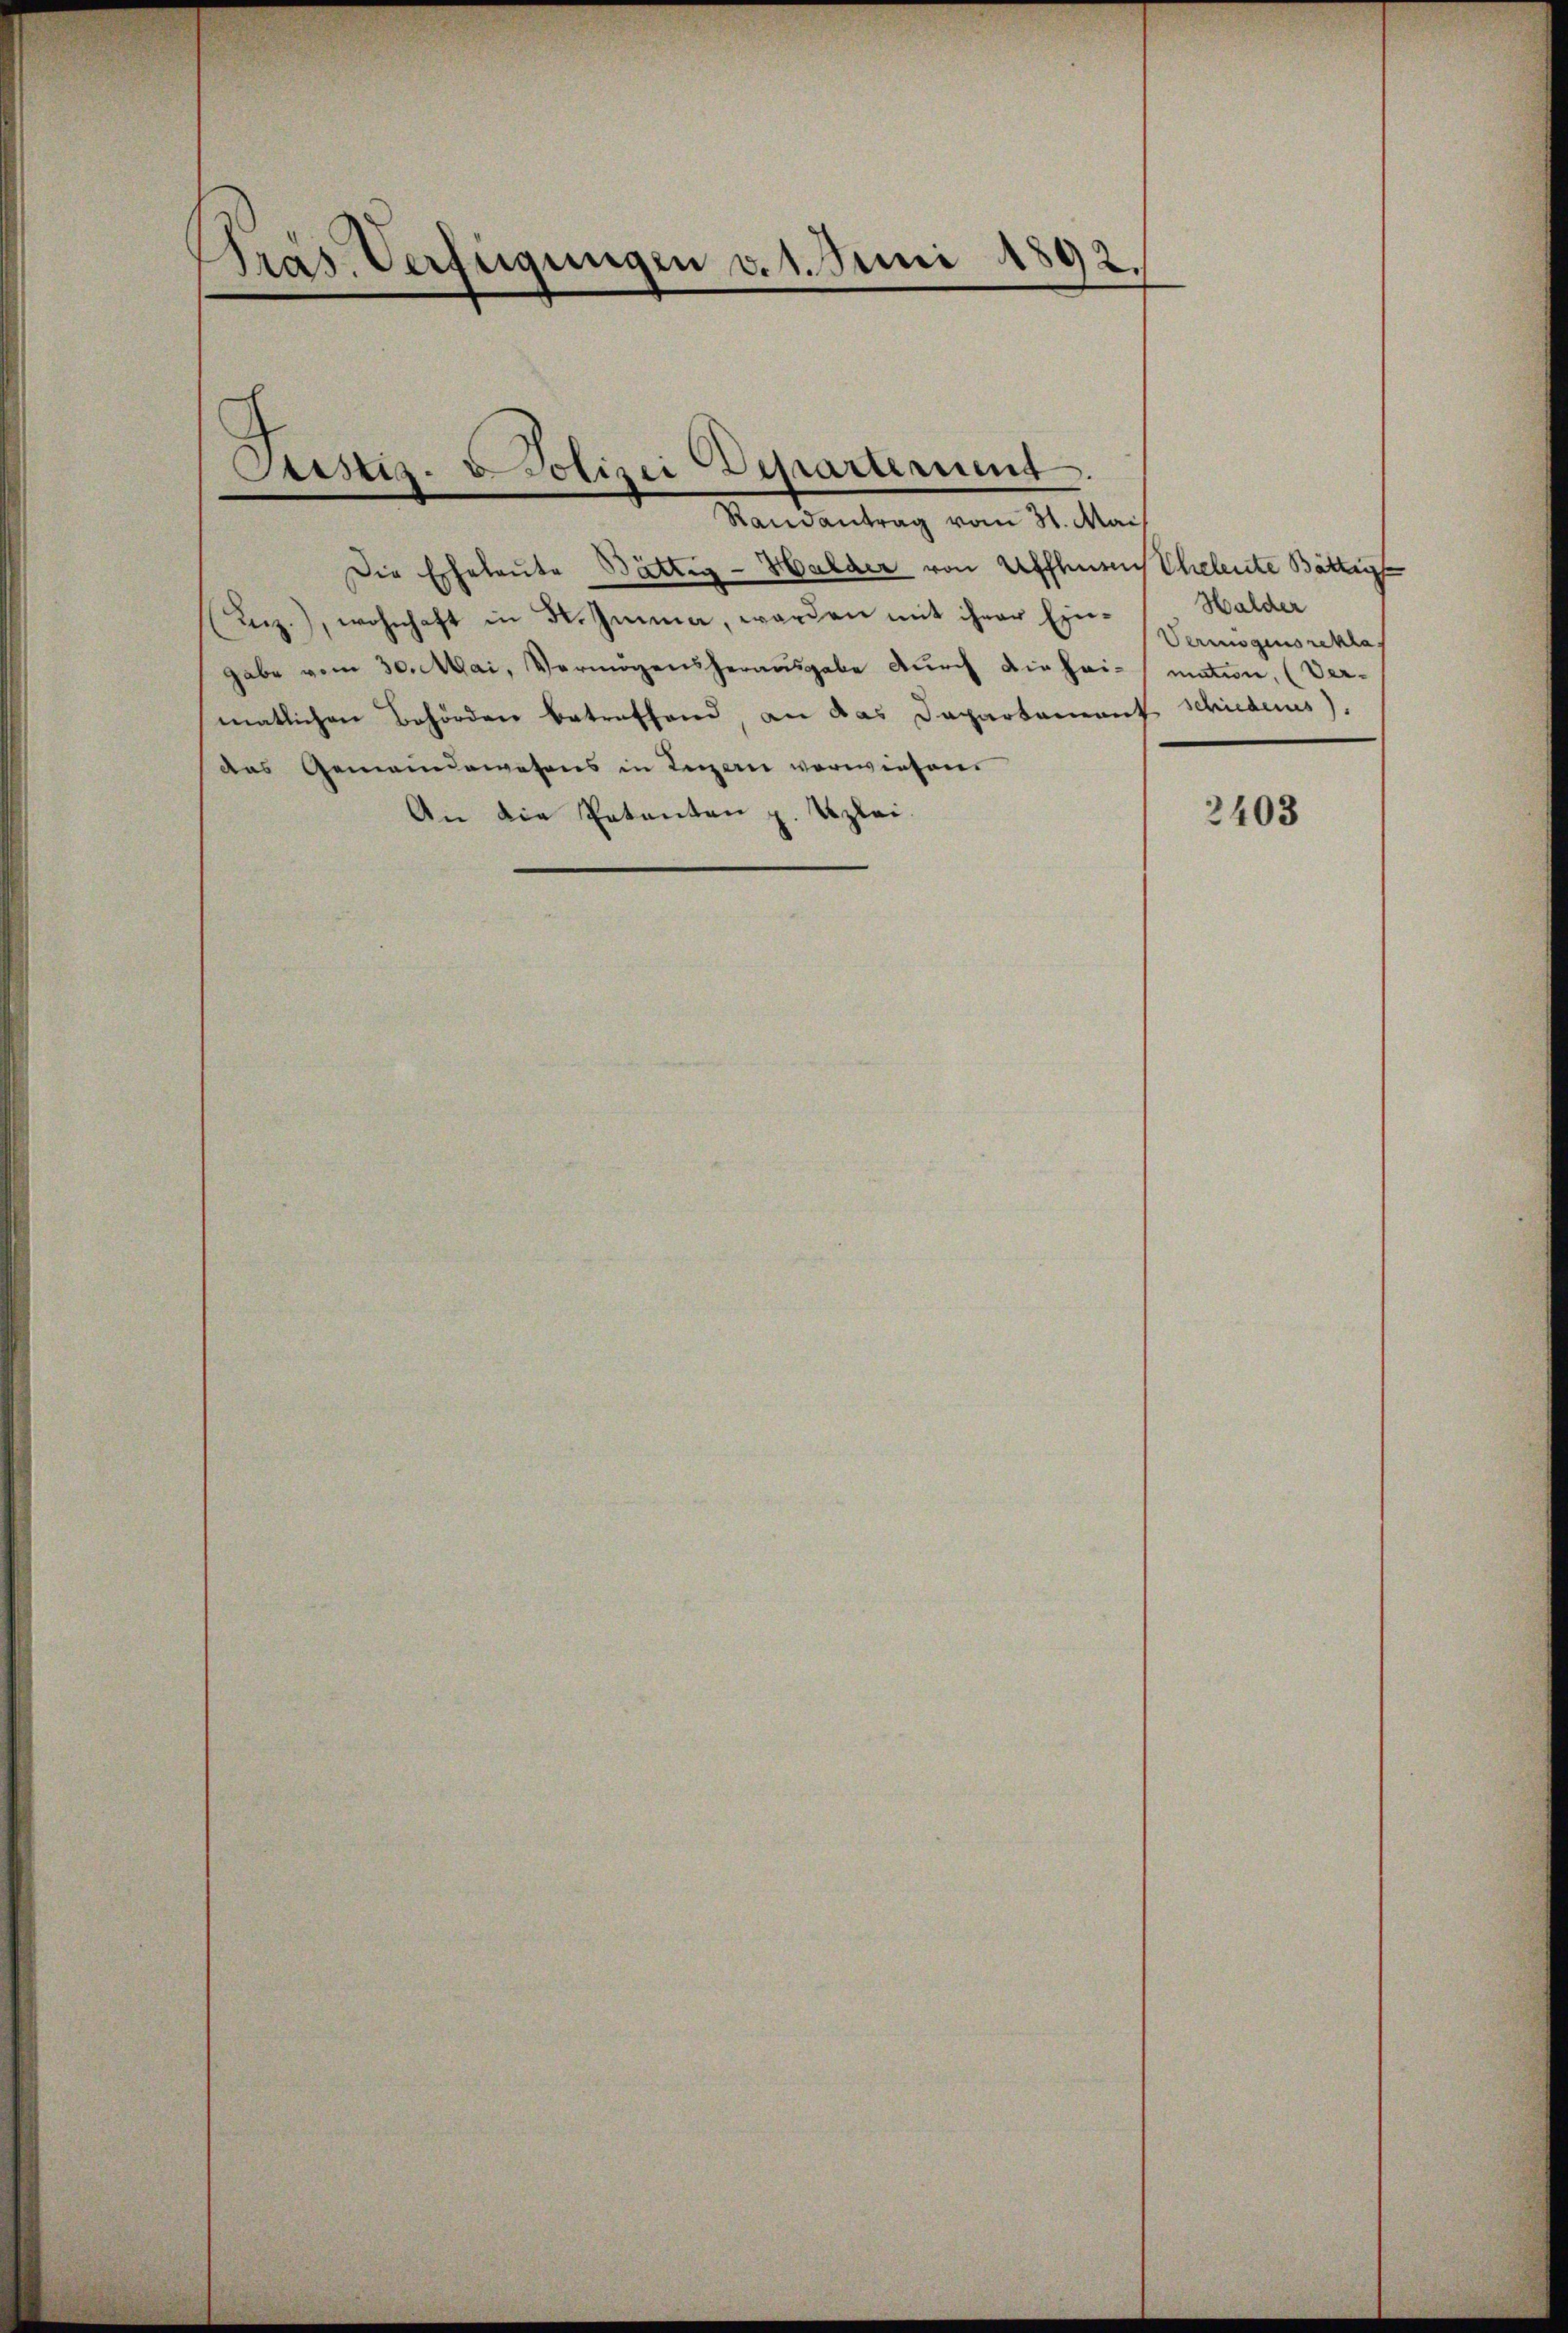
Präs. Verfügungen v. 1. Juni 1892.

Justiz- u Polizei Departement.

Randantrag vom 31. Mai
Die Erheleute Bättig-Halder von Affhusen Eheleute Bättig
Lez.), wohnhaft in St. Imma, worden mit ihrer Eingabe vom 30. Mai, Vermögensherausgabe durch die Heimation, (Ver-
matlichen Behörden betreffend, an das Dapartement schiederus).
das Gemeindewesens in Legern vorwiesen
An die Patenten z. Szlei-

Halder
Vermögens rekla

2403